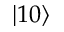
\lvert 1 0 \rangle